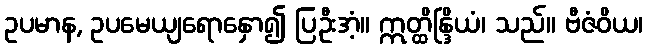
ဥပမာန, ဥပမေယျရောနှော၍ ပြဦးအံ့။ ဣတ္ထိန္ဒြိယံ၊ သည်။ ဗီဇံဝိယ၊